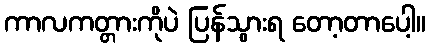
ကာလကတ္တားကိုပဲ ပြန်သွားရ တော့တာပေါ့။